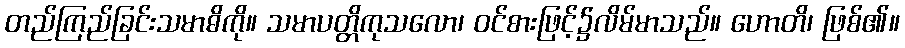
တည်ကြည်ခြင်းသမာဓိကို။ သမာပတ္တိကုသလော၊ ဝင်စားဖြင့်၌လိမ်မာသည်။ ဟောတိ၊ ဖြစ်၏။